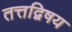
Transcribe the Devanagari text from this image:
तत्तद्विषय